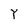
Character: Y